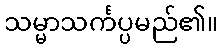
သမ္မာသင်္ကပ္ပမည်၏။